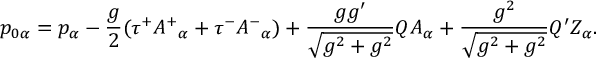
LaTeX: p _ { 0 \alpha } = p _ { \alpha } - \frac { g } { 2 } ( \tau ^ { + } A ^ { + } { } _ { \alpha } + \tau ^ { - } A ^ { - } { } _ { \alpha } ) + \frac { g g ^ { \prime } } { \sqrt { g ^ { 2 } + g ^ { 2 } } } Q A _ { \alpha } + \frac { g ^ { 2 } } { \sqrt { g ^ { 2 } + g ^ { 2 } } } Q ^ { \prime } Z _ { \alpha } .